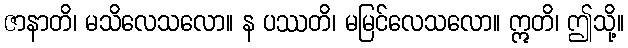
ဇာနာတိ၊ မသိလေသလော။ န ပဿတိ၊ မမြင်လေသလော။ ဣတိ၊ ဤသို့။